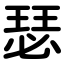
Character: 瑟